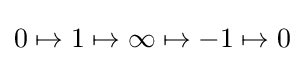
0\mapsto 1\mapsto \infty \mapsto -1\mapsto 0